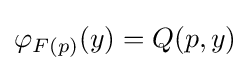
\varphi _{F(p)}(y)=Q(p,y)